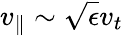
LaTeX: v_{\parallel}\sim\sqrt{\epsilon}v_{t}